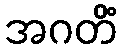
အဂတိံ